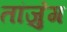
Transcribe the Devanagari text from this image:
तांजुंग